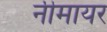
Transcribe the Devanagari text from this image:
नीमायर